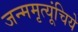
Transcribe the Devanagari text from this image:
जन्ममृत्यूंचिये